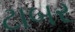
ટાબર